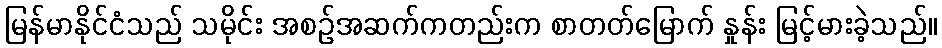
မြန်မာနိုင်ငံသည် သမိုင်း အစဉ်အဆက်ကတည်းက စာတတ်မြောက် နှုန်း မြင့်မားခဲ့သည်။